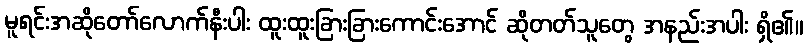
မူရင်းအဆိုတော်လောက်နီးပါး ထူးထူးခြားခြားကောင်းအောင် ဆိုတတ်သူတွေ အနည်းအပါး ရှိ၏။